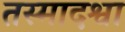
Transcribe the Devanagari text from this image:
तस्मादश्वा